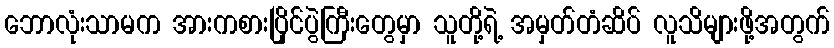
ဘောလုံးသာမက အားကစားပြိုင်ပွဲကြီးတွေမှာ သူတို့ရဲ့ အမှတ်တံဆိပ် လူသိများဖို့အတွက်